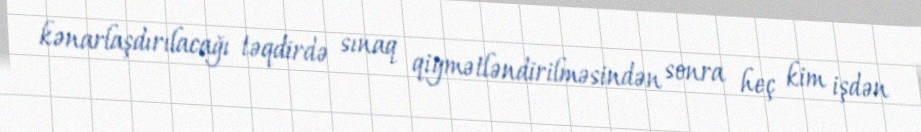
kənarlaşdırılacağı təqdirdə sınaq qiymətləndirilməsindən sonra heç kim işdən